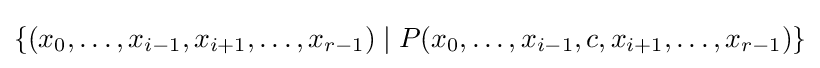
\{(x_{0},\dots ,x_{i-1},x_{i+1},\dots ,x_{r-1})\mid P(x_{0},\dots ,x_{i-1},c,x_{i+1},\dots ,x_{r-1})\}